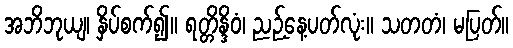
အဘိဘုယျ၊ နှိပ်စက်၍။ ရတ္တိန္ဒိဝံ၊ ညဉ့်နေ့ပတ်လုံး။ သတတံ၊ မပြတ်။